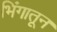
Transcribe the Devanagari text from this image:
भिंगातून